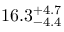
1 6 . 3 _ { - 4 . 4 } ^ { + 4 . 7 }